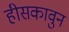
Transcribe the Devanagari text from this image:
हीसकावुन